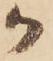
か